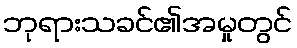
ဘုရားသခင်၏အမှုတွင်